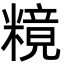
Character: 糡